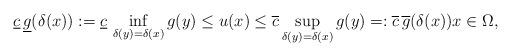
LaTeX: \begin{align*}\underline{c}\,\underline{g}(\delta(x)):=\underline{c}\,\inf_{\delta(y)=\delta(x)}g(y)\leq u(x)\leq \overline{c}\sup_{\delta(y)=\delta(x)}g(y)=:\overline{c}\,\overline{g}(\delta(x))x\in\Omega,\end{align*}